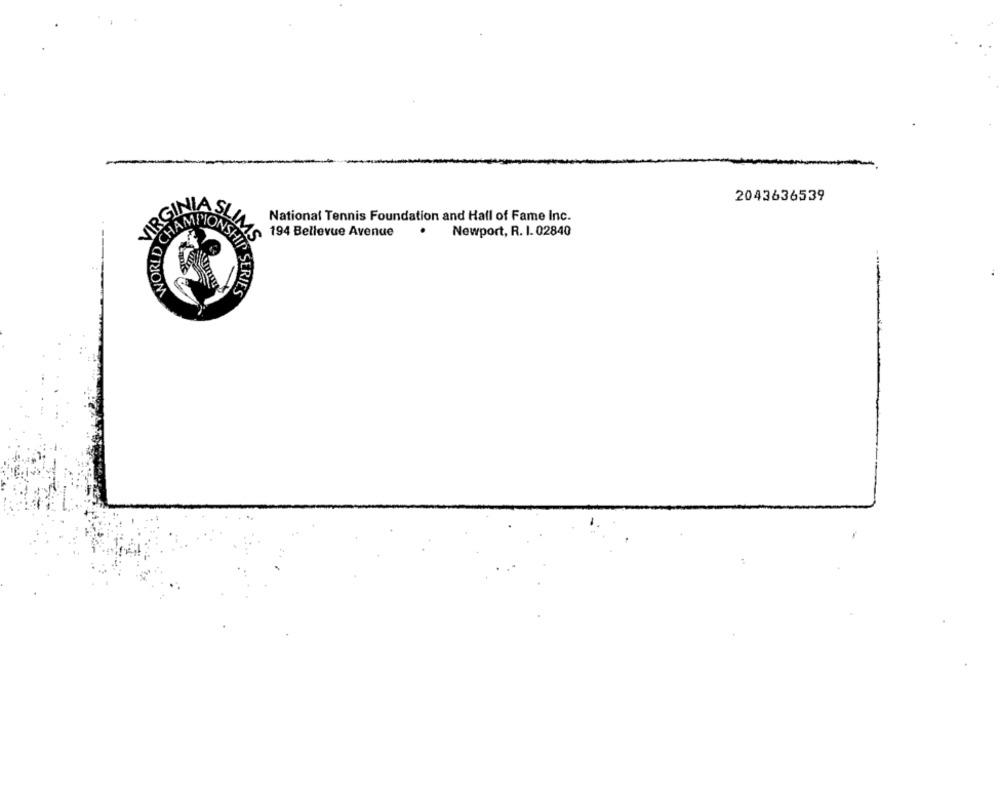
2043636539
VIRGINI
SLIK
National Tennis Foundation and Hall of Fame Inc.
.
Newport, R. I. 02840
WORLD
IMS
194 Bellevue Avenue
HIN SERIES